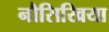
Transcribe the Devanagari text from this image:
नौसिखिया